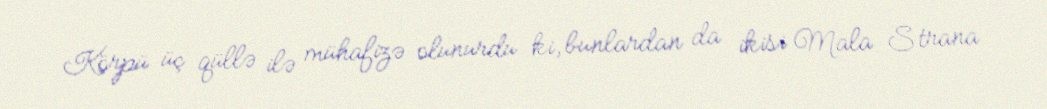
Körpü üç qüllə ilə mühafizə olunurdu ki, bunlardan da ikisi Mala Strana